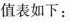
值表如下：